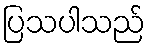
ပြသပါသည်